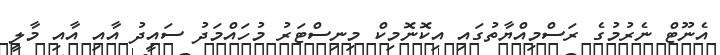
އެނޫޓް ނެރުމުގެ ރަސްމިއްޔާތުގައި އިކޮނޮމިކް މިނިސްޓަރު މުހައްމަދު ސައީދު އާއި އާއި މާލީ